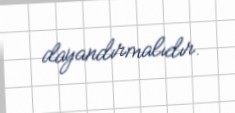
dayandırmalıdır.